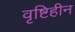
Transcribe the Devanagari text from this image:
वृष्टिहीन